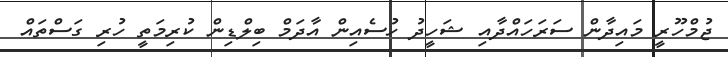
ޖުމްހޫރީ މައިދާން ސަރަހައްދާއި ޝަހީދު ހުސެއިން އާދަމް ބިލްޑިން ކުރިމަތީ ހުރި ގަސްތައް